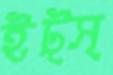
ইট্স্